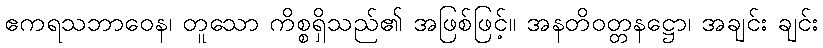
ဧကရသဘာဝေန၊ တူသော ကိစ္စရှိသည်၏ အဖြစ်ဖြင့်။ အနတိဝတ္တနဋ္ဌော၊ အချင်း ချင်း